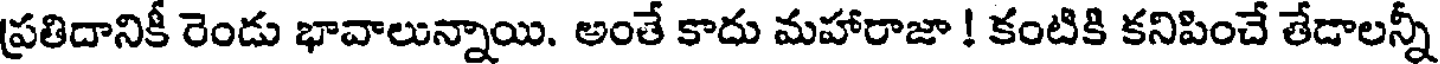
ప్రతిదానికీ రెండు భావాలున్నాయి. అంతే కాదు మహారాజా ! కంటికి కనిపించే తేడాలన్నీ